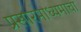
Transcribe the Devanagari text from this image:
प्रसारमाध्यमाचा